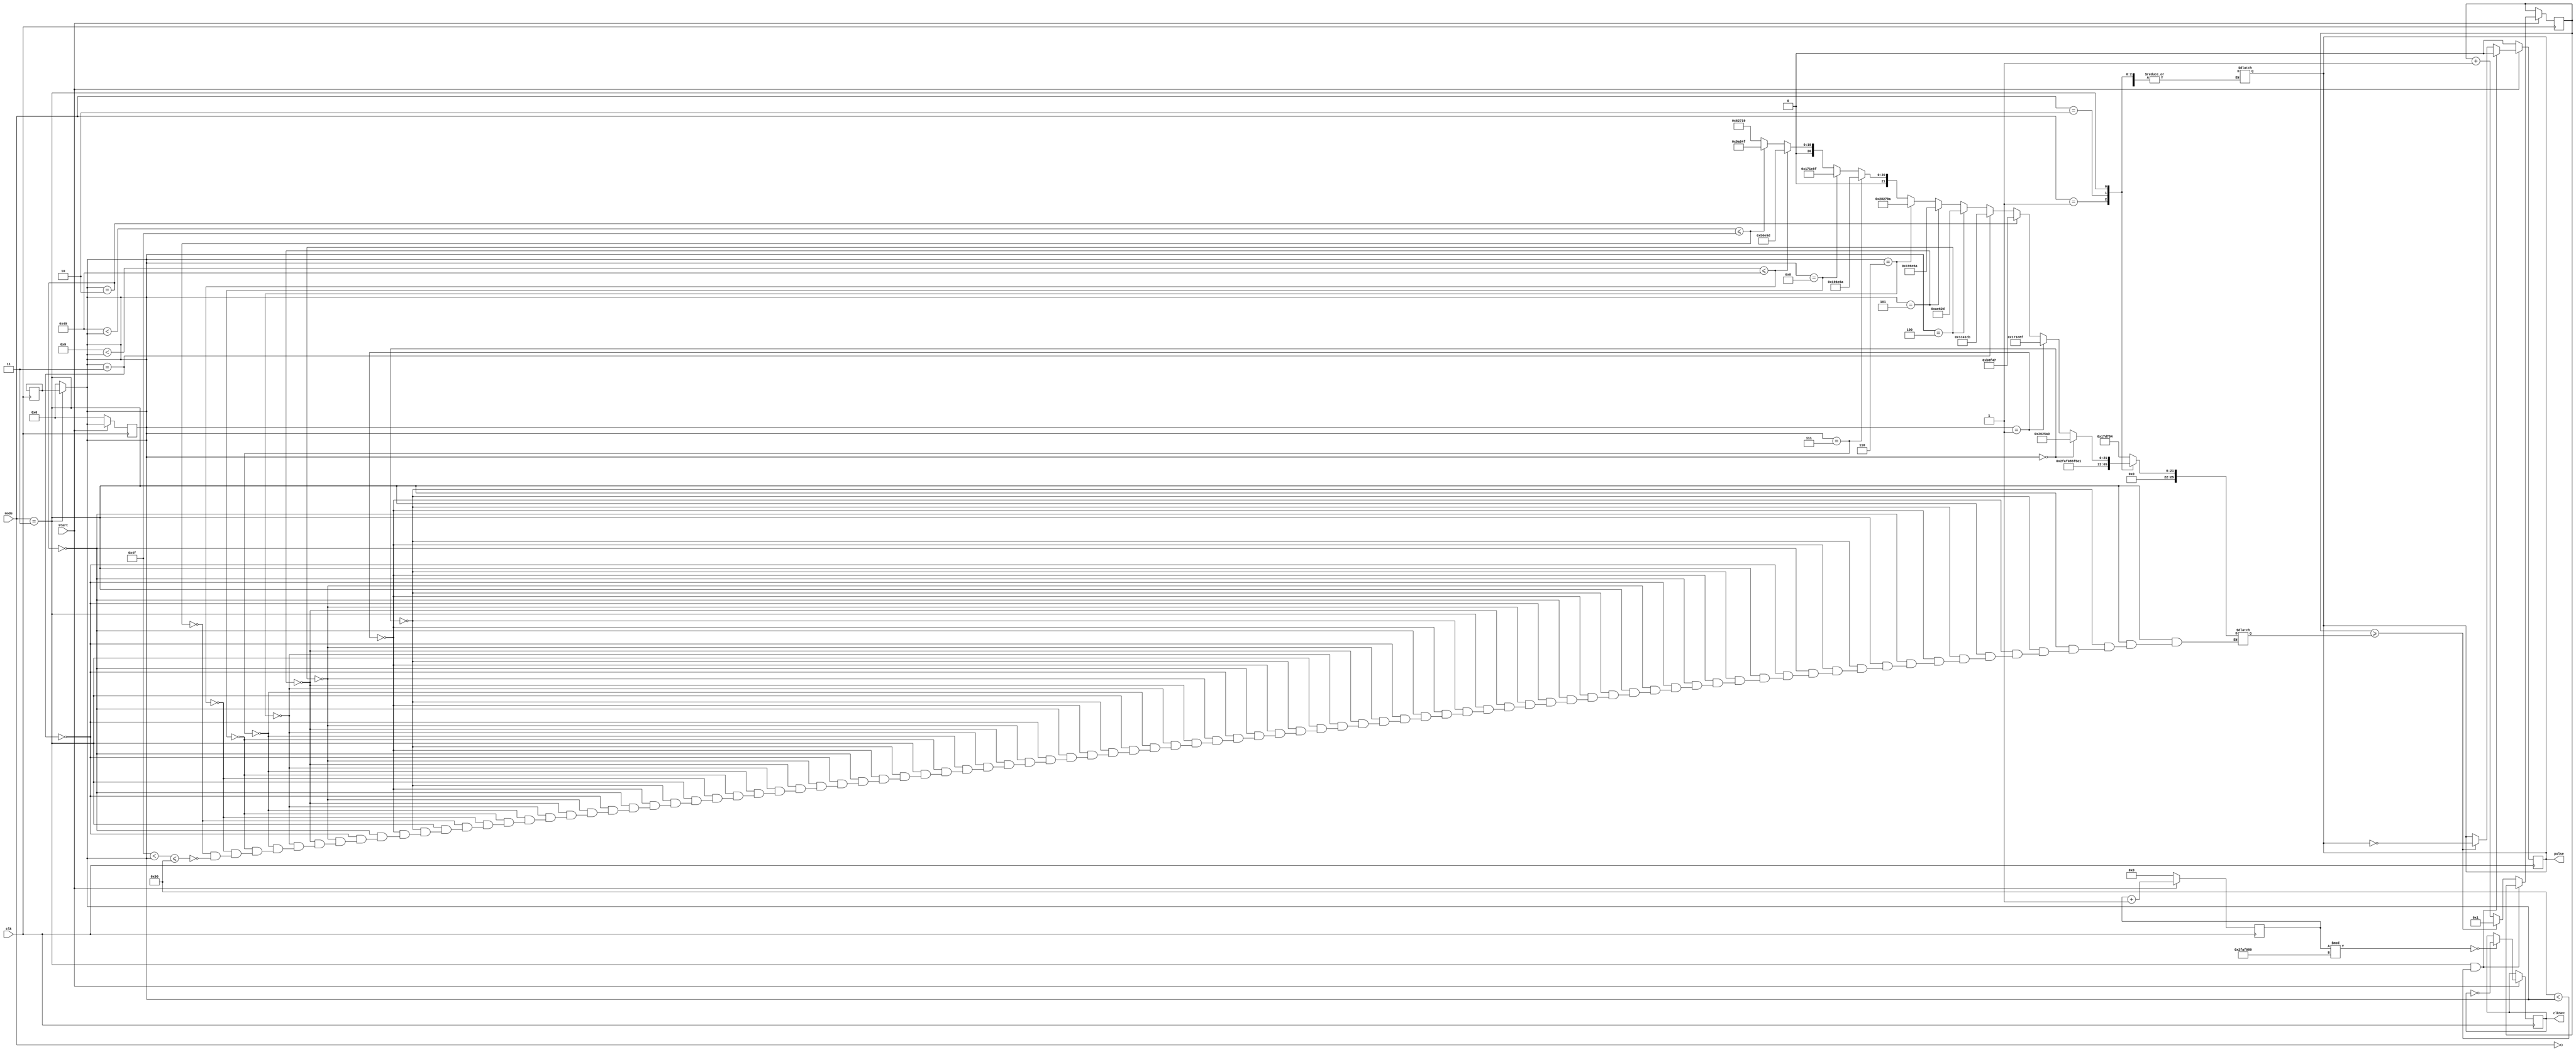
`timescale 1ns / 1ps
//////////////////////////////////////////////////////////////////////////////////
// Company: 
// Engineer: 
// 
// Design Name: 
// Module Name: pulsegenerator
// Project Name: 
// Target Devices: 
// Tool Versions: 
// Description: 
// 
// Dependencies: 
// 
// Revision:
// Revision 0.01 - File Created
// Additional Comments:
// 
//////////////////////////////////////////////////////////////////////////////////


module pulsegenerator(
	input [1:0] mode,
	input clk, start,
	output reg pulse,
	output reg clkSec
);

reg [26:0] COUNT = 100000000;
reg [25:0] clkSpeed;
reg [25:0] clkCount = 0;
reg [25:0] i = 0;
reg [9:0] realTime,RTtemp =0;

	initial begin
		pulse = 1'b0;
		clkSec = 1'b0;
	end
	
	always@(*) begin
	   if(mode == 2'b11) realTime <= RTtemp;
	   else realTime <= 0;
	end
	
	always @(posedge clk) begin
	   
	   if (start == 1) //only do stuff if start is high
	       begin
	           if(clkCount == COUNT) //everytime the clock reaches the number of cycles that equates to a second in real time, increment real time and set the clock to the first cycle of the new count
	               begin
	               if(mode == 2'b11) RTtemp <= realTime + 1;
	               clkCount <= 1;
	               end
	           else clkCount <= clkCount + 1;
	           
	           if((clkCount%(COUNT/2)) == 0) clkSec <= ~clkSec;
	           
               if ((mode == 2'b11)&&(144 < realTime))   pulse = 1'b0; //if it's in hybrid mode and over 144 seconds, set the pulse to 0
               else //otherwise, toggle pulse when i increments to the value of clkSpeed
                   begin
                       if (i >= clkSpeed)
                               begin
                                   i = 1;
                                   pulse = ~pulse;
                               end
                           else
                               begin
                                   i = i+1;
                               end
	               end
	       end
	   else //if start is low set pulse to 0 and reset clkCount and realTime
	       begin
	           pulse = 1'b0;
	           clkCount = 0;
	           realTime = 0;
	       end   
	end
	
	always @* begin
	   case(mode)
	       2'b00 : clkSpeed = COUNT/64; //wait for a half pulse at 32steps/sec
	       2'b01 : clkSpeed = COUNT/128; //wait for a half pulse at 64steps/sec
	       2'b10 : clkSpeed = COUNT/256; //wait for a half pulse at 128steps/sec
	       2'b11 : if(realTime == 0) clkSpeed = COUNT/40; //wait for a half pulse at 20steps/sec, occurs during the 1st second
	               else if (realTime == 1) clkSpeed = COUNT/66; //wait for a half pulse at 33steps/sec, occurs during the 2nd second
	               else if (realTime == 2) clkSpeed = COUNT/132; //wait for a half pulse at 66steps/sec, occurs during the 3rd second
	               else if (realTime == 3) clkSpeed = COUNT/54; //wait for a half pulse at 27steps/sec, occurs during the 4th second
	               else if (realTime == 4) clkSpeed = COUNT/140; //wait for a half pulse at 70steps/sec, occurs during the 5th second
	               else if (realTime == 5) clkSpeed = COUNT/60; //wait for a half pulse at 30steps/sec, occurs during the 6th second
	               else if (realTime == 6) clkSpeed = COUNT/38; //wait for a half pulse at 19steps/sec, occurs during the 7th second
	               else if (realTime == 7) clkSpeed = COUNT/60; //wait for a half pulse at 30steps/sec, occurs during the 8th second
	               else if (realTime == 8) clkSpeed = COUNT/66; //wait for a half pulse at 33steps/sec, occurs during the 9th second
	               else if (9 < realTime <= 73) clkSpeed = COUNT/138; //wait for a half pulse at 69steps/sec, occurs between 10-73 seconds
	               else if (73 < realTime <= 79) clkSpeed = COUNT/158; //wait for a half pulse at 79steps/sec, occurs between 74-79 seconds
	               else if (79 < realTime <= 144) clkSpeed = COUNT/248; //wait for a half pulse at 124steps/sec, occurs between 80-144 seconds
	               //else if (144 < realTime) pulse = 1'b0; //no pulse past 145 seconds
	               //else pulse = 1'b0; //no pulse if it doesn't fit one of these time constraints
	      default : pulse = 1'b0; //default setting is no pulse
	   endcase
	end

	
endmodule